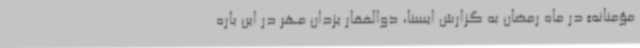
مؤمنانه» در ماه رمضان به گزارش ایسنا، ذوالفقار یزدان مهر در این باره